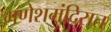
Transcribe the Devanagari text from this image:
गणेशमंदिरात